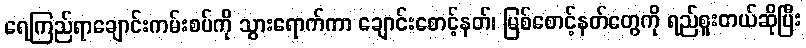
ရေကြည်ရာချောင်းကမ်းစပ်ကို သွားရောက်ကာ ချောင်းစောင့်နတ်၊ မြစ်စောင့်နတ်တွေကို ရည်စူးတယ်ဆိုပြီး